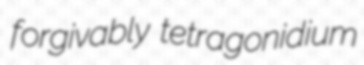
forgivably tetragonidium